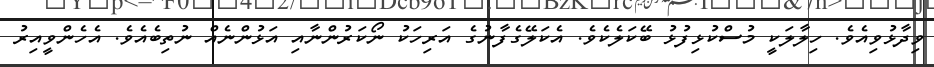
ވިދާޅުވިއެވެ. ހިލާލަކީ މުސްކުޅިފުޅު ބޭކަލެކެވެ. އެކަލޭގެފާނުގެ އަރިހަކު ނޯކަރުންނާއި އަޅުންނެއް ނުތިބެއެވެ. އެހެންވީއިރު